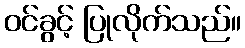
ဝင်ခွင့် ပြုလိုက်သည်။